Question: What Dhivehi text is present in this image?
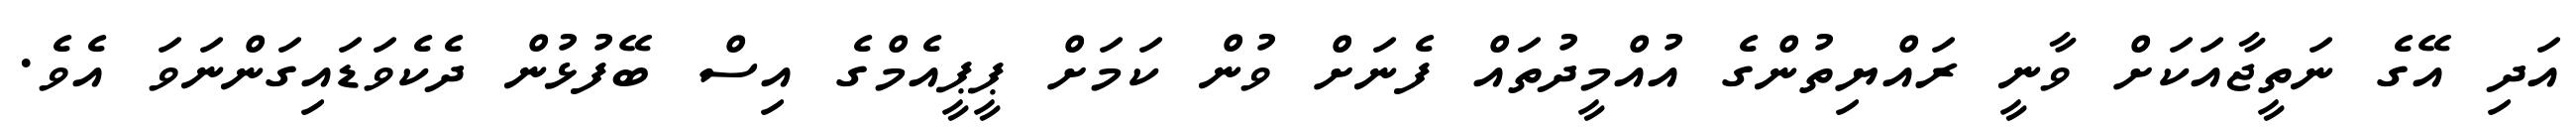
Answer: އަދި އޭގެ ނަތީޖާއަކަށް ވާނީ ރައްޔިތުންގެ އުއްމީދުތައް ފެނަށް ވުން ކަމަށް ޕީޕީއެމްގެ އިސް ބޭފުޅުން ދެކެވަޑައިގަންނަވަ އެވެ.